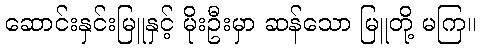
ဆောင်းနှင်းမြူနှင့် မိုးဦးမှာ ဆန်သော မြူတို့ မကြ။